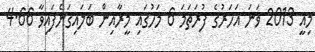
މިއީ 2013 ވަނަ އަހަރުގެ ފުރަތަމަ 6 މަހުގައި މީރާއިން ބަލައިގަނެފައިވާ 4.66